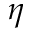
\eta